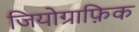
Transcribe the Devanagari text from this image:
जियोग्राफ़िक